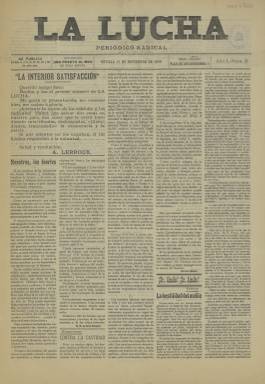
Título: La Lucha (Sevilla)
Colección: Periódicos
Ámbito geográfico: Sevilla
Lugar de publicación: Sevilla
Fechas: 11/11/1906-11/11/1906

Periódico Radical en Sevilla que comenzó a editarse en 1906 y salía según anunciaba en su cabecera ocho veces al mes. Se trata de una publicación de contenido marcadamente político con ideario republicano que ha dejado poco rastro y de la que la Biblioteca Nacional de España posee solo el número 3 de 11 de noviembre de ese año. Probablemente fue de vida breve.

  Este número se abre precisamente con un saluda del líder nacional Alejandro Lerroux, quien aún no había fundado el Partido Radical pero que ya había agrupado en torno a su persona en Barcelona y otras provincias a republicanos anticlericales, obreristas y anticatalanistas. El partido se creó en 1908 de una escisión de la Unión Republicana.

   Años después Lerroux centró su discurso y se acercó a las clases medias, lo que le llevó a presidir el Gobierno de España junto con la derecha durante la II República. No era este el caso en sus inicios, como se puede ver en el saluda de tono revolucionario que dirigió a este periódico sevillano de sus partidarios: ‘¡Adelante la legión de los rebeldes y los radicales! Habrá que salvar dos cosas en nuestro país, dos cosas que se están hundiendo mixtificadas, deshonradas, vilipendiadas, traicionadas: la democracia y la patria’.

  La Lucha constaba de cuatro páginas en las que primaban los artículos de fondo con el ideario del periódico, aunque también se dedicaba espacio a la información internacional, nacional y, por supuesto, local. Se trata de diversas secciones que llevan el nombre de revista. Así, había la sección revista internacional, la de política, la revista obrera, con información sobre los trabajadores, huelgas y la Casa del Pueblo de Sevilla, y la revista teatral con información sobre la cartelera sevillana.

   La información local era la más destacada. Es curioso como en las páginas del periódico hay apelaciones al ¡Sr Alcalde! en letras mayúsculas y en negrita para así mejor llamar la atención de la primera autoridad municipal, a quien se hace responsable de los problemas que sufre la ciudad. En el Ayuntamiento de Sevilla había ya concejales republicanos.

  El periódico estaba dirigido por Manuel Díaz Rosales y tenía como redactores a Félix Silva y Lucas Froment. Entre los colaboradores figuraba el escritor Manuel María de Soto y Vázquez, cuyo seudónimo era ‘Un soldado viejo’ y a quien iba dirigido el saluda de Lerroux.

   Unos veinte años antes, durante 1883 y 1884, se publicó en Sevilla un periódico con el mismo título de La Lucha y que era órgano del partido republicano progresista, por lo que es previsible que la publicación nacida en 1906, con el republicanismo ya bien asentado en España, se sintiera heredera de aquella.

[Descripción publicada el 1/12/2022]